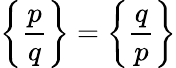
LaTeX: \left\{ {\frac{p}{q}}\right\} =\left\{ {\frac{q}{p}}\right\}